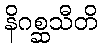
နိဂစ္ဆသီတိ